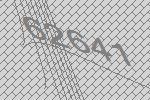
62641